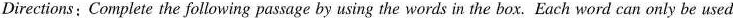
Directions; Complete the following passage by using the words in the box. Each word can only be used